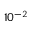
1 0 ^ { - 2 }